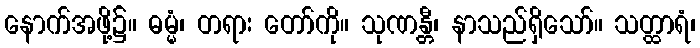
နောက်အဖို့၌။ ဓမ္မံ၊ တရား တော်ကို။ သုဏန္တီ၊ နာသည်ရှိသော်။ သတ္ထာရံ၊